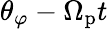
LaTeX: \theta_{\varphi}-\Omega_{\mathrm{p}}t